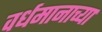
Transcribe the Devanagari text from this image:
वर्धमानाच्या